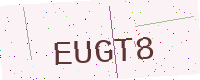
Text: EUGT8